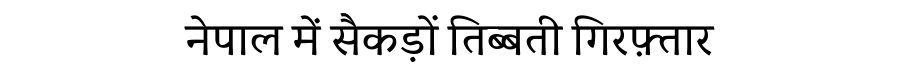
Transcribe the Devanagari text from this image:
नेपाल में सैकड़ों तिब्बती गिरफ़्तार